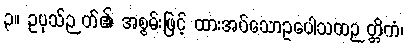
၃။ ဥပုသ်ဉတ်၏ အစွမ်းဖြင့် ထားအပ်သောဥပေါသထဉတ္တိကံ၊